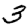
Digit: 3